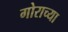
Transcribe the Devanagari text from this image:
गोराच्या